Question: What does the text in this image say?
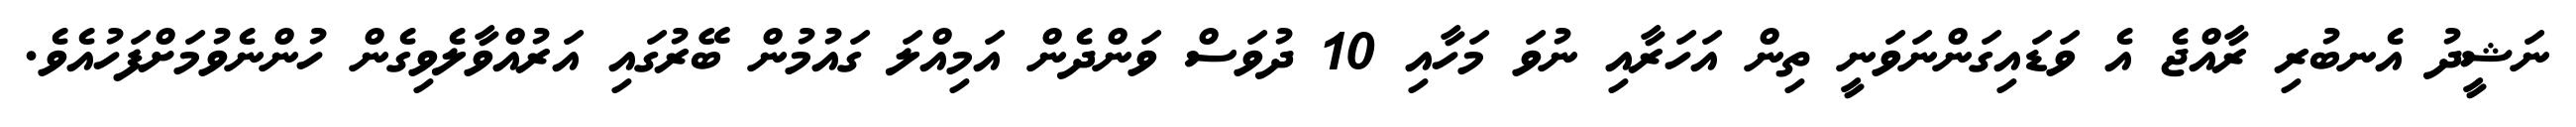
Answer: ނަޝީދު އެނބުރި ރާއްޖެ އެ ވަޑައިގަންނަވަނީ ތިން އަހަރާއި ނުވަ މަހާއި 10 ދުވަސް ވަންދެން އަމިއްލަ ގައުމުން ބޭރުގައި އަރުއްވާލެވިގެން ހުންނެވުމަށްފަހުއެވެ.